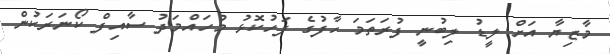
މާޒިޔާ އަށް ލީޑު ލިބުނީ ފުރަތަމަ ހާފުގެ ފަހުކޮޅު މުހައްމަދު ސާއިފް ކޯނަރަކުން